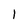
Character: l